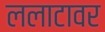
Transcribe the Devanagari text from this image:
ललाटावर